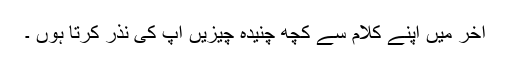
آخر میں اپنے کلام سے کچھ چنیدہ چیزیں آپ کی نذر کرتا ہوں ۔